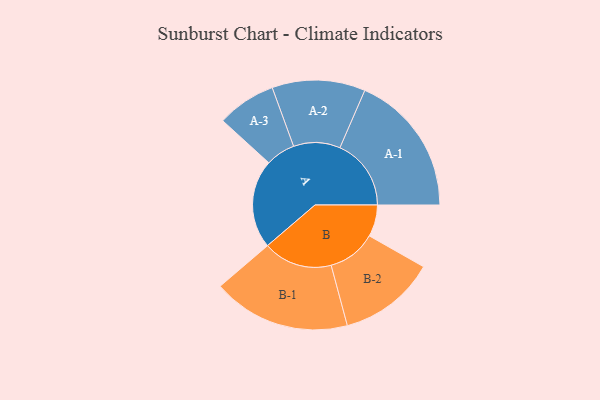
{"axis": {"x": "Segment", "y": "Value"}, "legend": ["", "A", "B"], "data": [{"x": "A", "y": 364, "type": ""}, {"x": "B", "y": 130, "type": ""}, {"x": "A-1", "y": 292, "type": "A"}, {"x": "A-2", "y": 191, "type": "A"}, {"x": "A-3", "y": 121, "type": "A"}, {"x": "B-1", "y": 283, "type": "B"}, {"x": "B-2", "y": 199, "type": "B"}]}